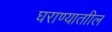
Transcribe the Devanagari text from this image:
घराण्याताील